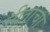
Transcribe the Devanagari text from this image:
नीताचा